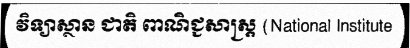
វិទ្យាស្ថាន ជាតិ ពាណិជ្ជសាស្ត្រ (National Institute